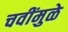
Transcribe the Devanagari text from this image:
चवींमुळे